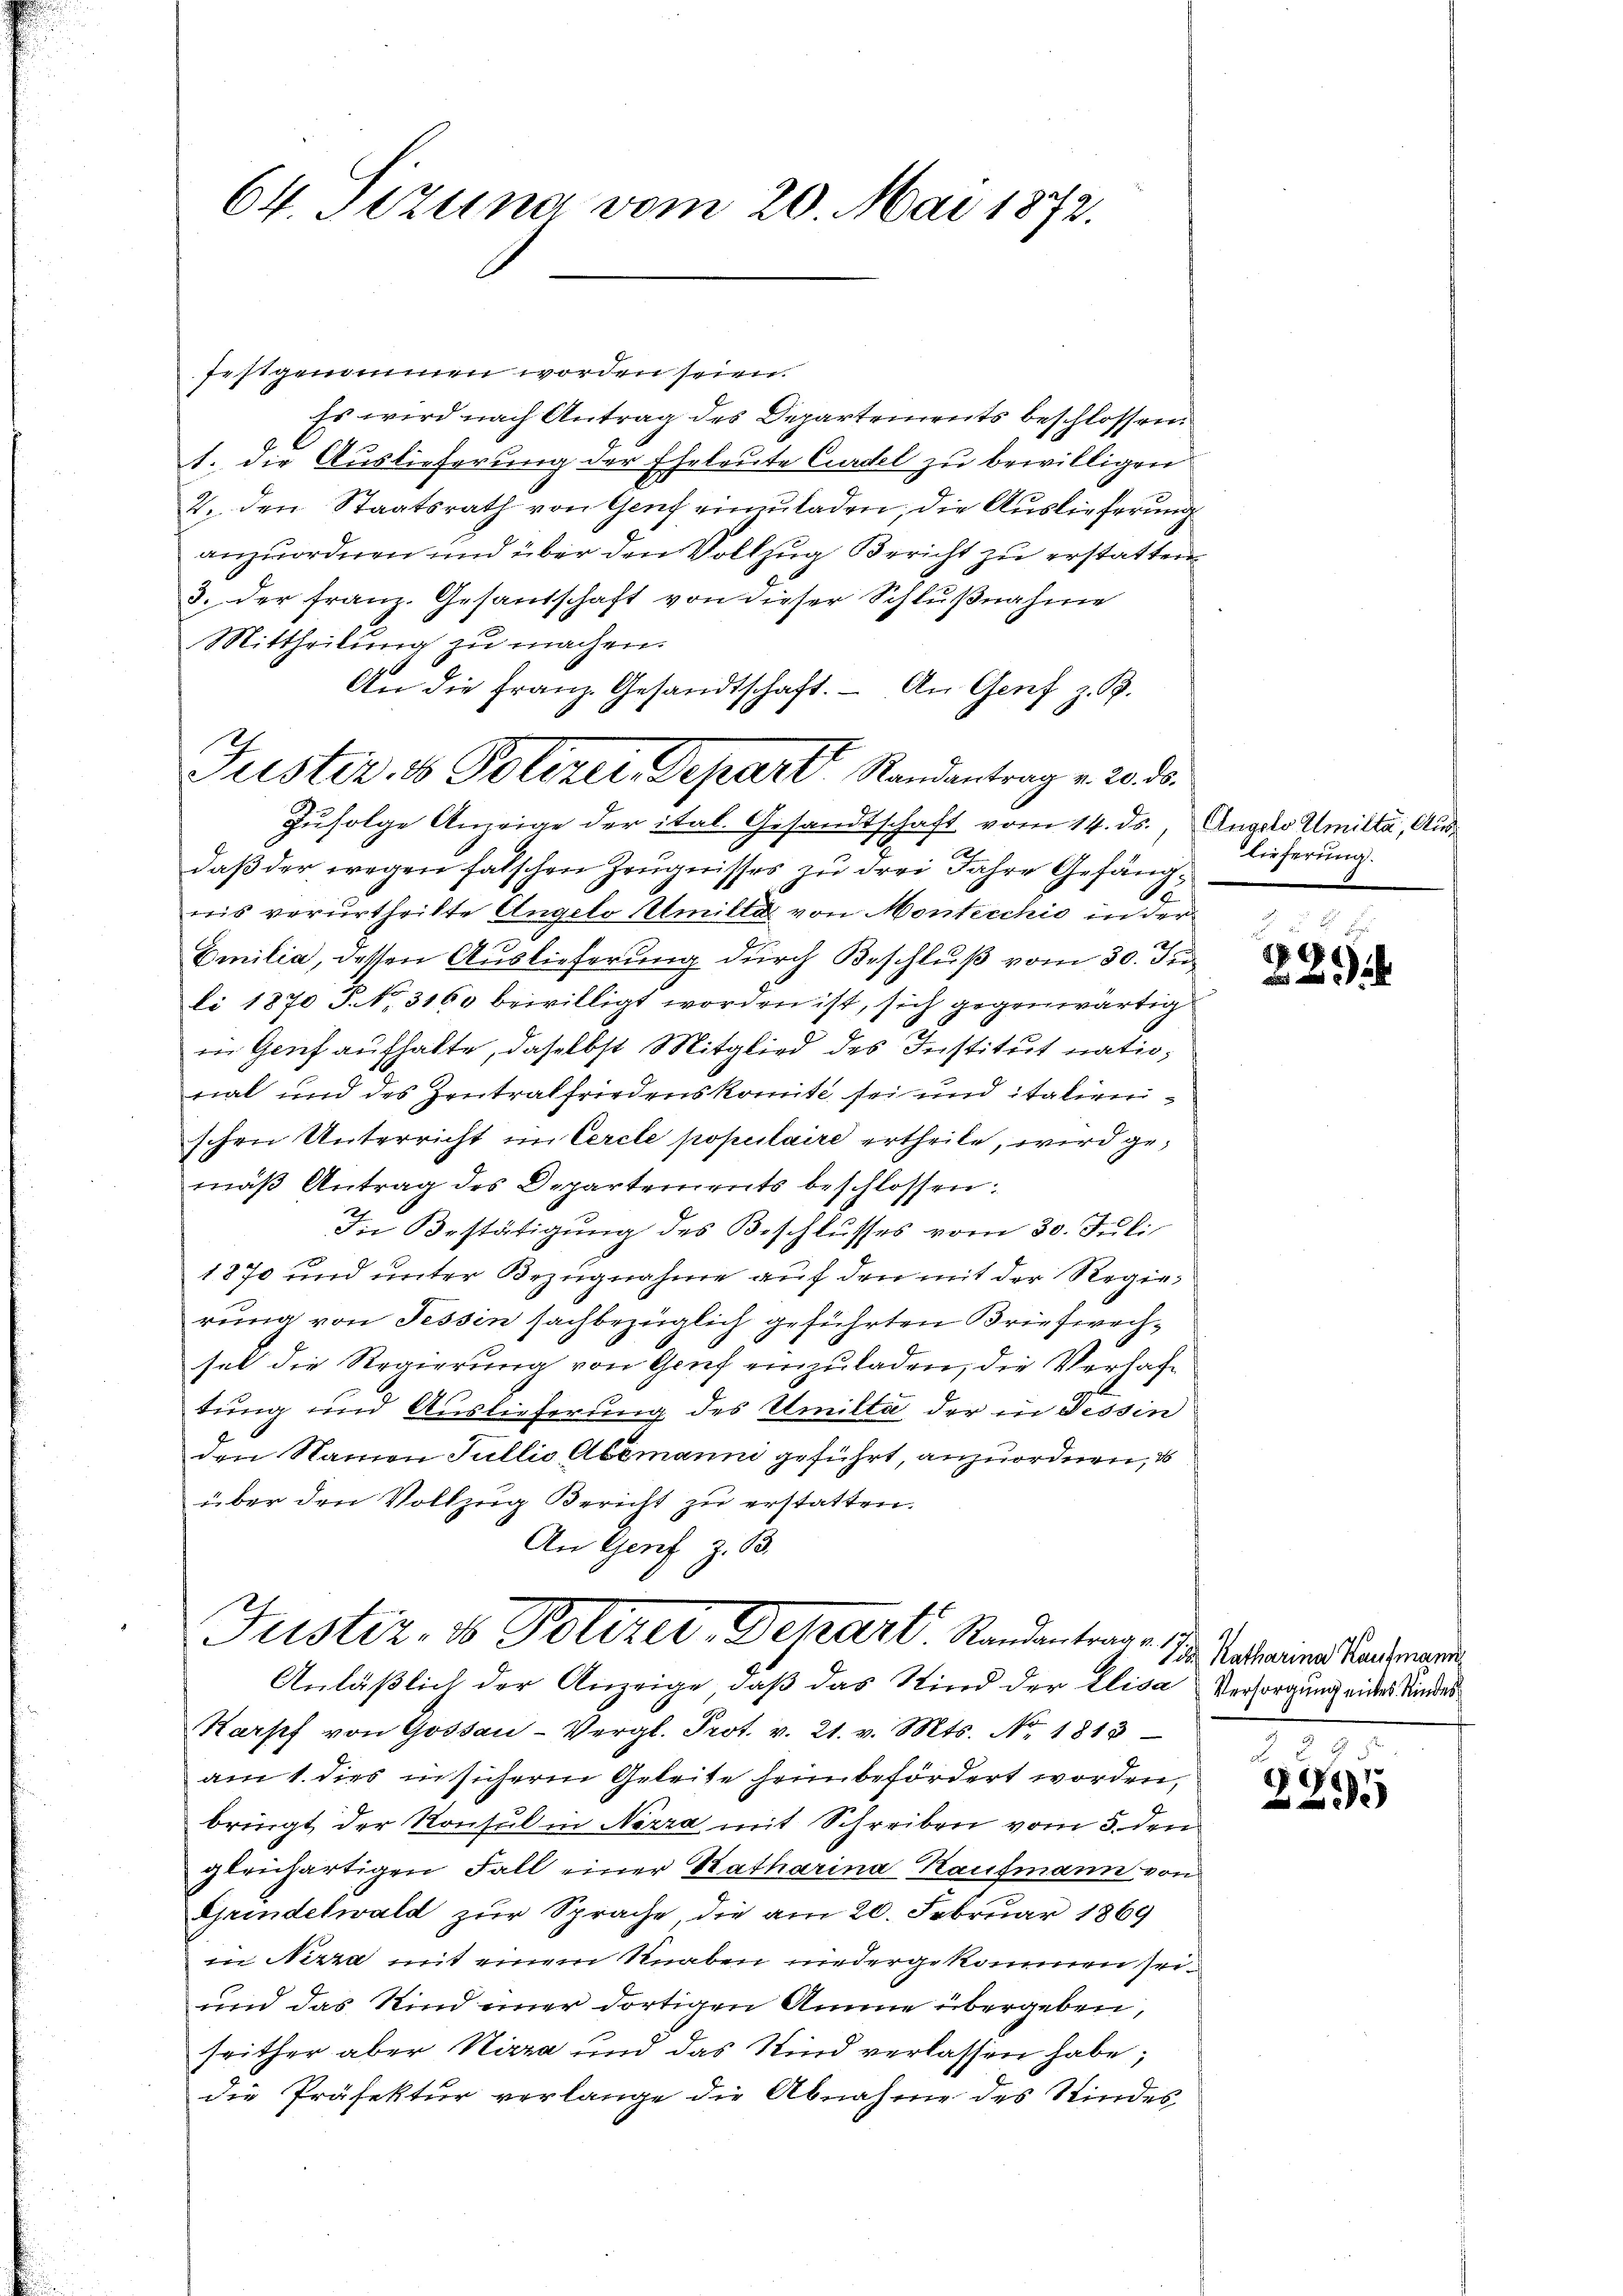
festgenommen worden seien.
Es wird nach Antrag des Departements beschlossen.
1. die Auslieferung der Eheleute Curdel zu bewilligen
2. den Staatsrath von Genf einzuladen, die Auslieferung
anzuordnen und über den Vollzug Bericht zu erstatten
3. der Franz. Gesandschaft von dieser Schlußnahme
Mittheilung zu machen.
An die Franz. Gesandtschaft. An Genf z. B.
Zufolge Anzeige der ital. Gesandtschaft vom 14. ds., Angelo Umiltà, Ausdaß der wegen falschen Zeugnisses zu drei Jahre Gefäng¬
6
nis verurtheilte Angelo Stmille von Montecchio in der
Emilia, dessen Auslieferung durch Beschluß vom 30. Ju
li 1870 F. No. 3160 bewilligt worden ist, sich gegenwärtig
in Genf aufhalte, daselbst Mitglied des Institut natiorial und des Zentralfriedenskomite sei und italienschen Unterricht im Cercle populaire ertheile, wird gemäβ Antrag des Departements beschlossen:
In Bestätigung des Beschlusses vom 30. Juli
1870 und unter Bezugnahme auf den mit der Regierung von Tessin sachbezüglich geführten Briefwechsel die Regierŭng von Genf einzŭladen, die Versache
tung und Auslieferung des Emilta der in Tessin
den Namen Fullis Abzmanni geführt, anzuordnen, d
über den Vollzug Bericht zu erstatten.
An Genf z. 83.
Justiz- & Polizer, Depart. Randantrag des Ansteines Landeren
Anläßlich der Anzeige, daß das Kind der Elisa Versorgung eines Kindes
Karpf von Gossau-Vergl. Prot. v. 21. v. Mts. No. 1813
am 1. dies in sicherm Geleite heim befördert worden,
bringt, der Konsul in Nizza mit Schreiben vom 5. den
gleichartigen Fall einer Katharina Kaufmann von
Grindelwald zur Sprache die am 20. Februar 1869
in Nizza mit einem Knaben niedergekommen sei¬
und das Kind einer dortigen Amme übergeben,
seither aber Nizza und das Kind verlassen habe;
die Präfektur verlange die Abnahme des Kindes

64. Tizuna vom 20. Mai 1872.

Jüster, 1 Polizei, Depart Randantrag v. 20. ds.

Lieferung.

.

2295